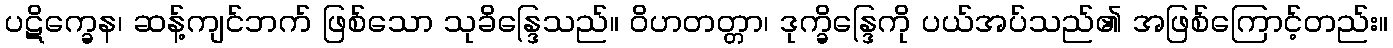
ပဋိက္ခေန၊ ဆန့်ကျင်ဘက် ဖြစ်သော သုခိန္ဒြေသည်။ ဝိဟတတ္တာ၊ ဒုက္ခိန္ဒြေကို ပယ်အပ်သည်၏ အဖြစ်ကြောင့်တည်း။